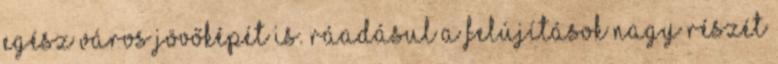
egész város jövőképét is. Ráadásul a felújítások nagy részét